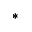
*